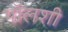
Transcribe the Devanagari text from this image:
पॉलशी